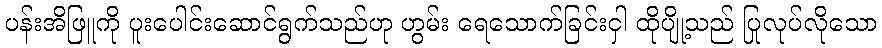
ပန်းအိဖြူကို ပူးပေါင်းဆောင်ရွက်သည်ဟု ဟွမ်း ရေသောက်ခြင်းငှါ ထိုပျို့သည် ပြုလုပ်လိုသော